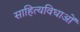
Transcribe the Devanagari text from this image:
साहित्यविधाओं